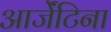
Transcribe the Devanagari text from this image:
आर्जेंटिना